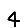
Digit: 4